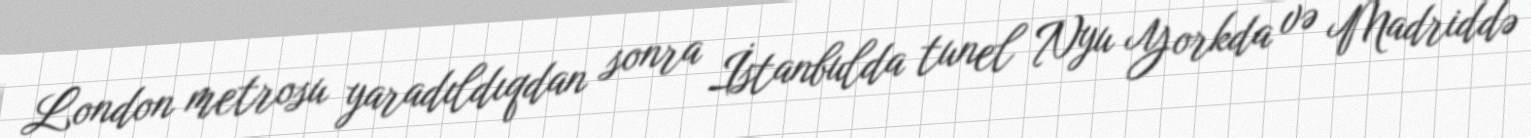
London metrosu yaradıldıqdan sonra İstanbulda tunel Nyu Yorkda və Madriddə